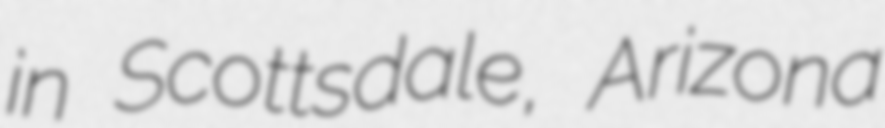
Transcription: in Scottsdale, Arizona